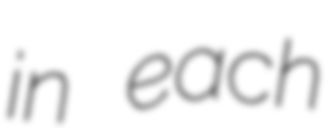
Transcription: in each